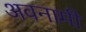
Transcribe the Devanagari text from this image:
अवनामी